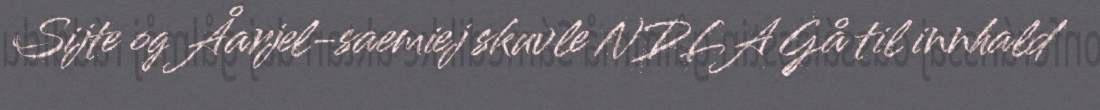
Sijte og Åarjel-saemiej skuvle NDLA Gå til innhald